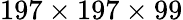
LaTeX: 197\times 197\times 99